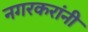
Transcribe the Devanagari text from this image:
नगरकरांनी